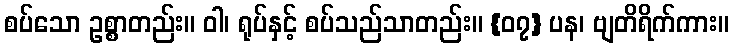
စပ်သော ဥစ္စာတည်း။ ဝါ၊ ရုပ်နှင့် စပ်သည်သာတည်း။ {၀၇} ပန၊ ဗျတိရိက်ကား။